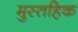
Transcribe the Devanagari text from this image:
मुस्तहिक